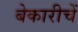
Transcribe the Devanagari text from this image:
बेकारीचें